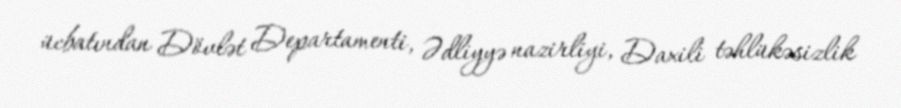
ücbatından Dövlət Departamenti, Ədliyyə nazirliyi, Daxili təhlükəsizlik